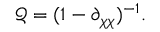
\mathscr { Q } = ( 1 - \partial _ { \chi \chi } ) ^ { - 1 } .